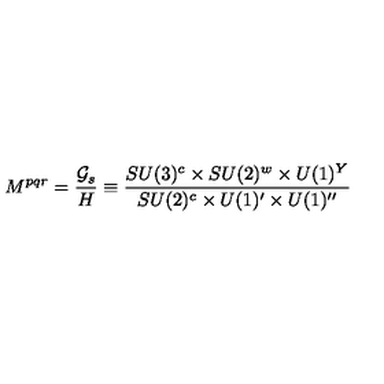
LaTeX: M ^ { p q r } = \frac { { \cal G } _ { s } } { H } \equiv \frac { S U ( 3 ) ^ { c } \times S U ( 2 ) ^ { w } \times U ( 1 ) ^ { Y } } { S U ( 2 ) ^ { c } \times U ( 1 ) ^ { \prime } \times U ( 1 ) ^ { \prime \prime } }